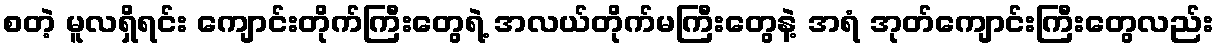
စတဲ့ မူလရှိရင်း ကျောင်းတိုက်ကြီးတွေရဲ့ အလယ်တိုက်မကြီးတွေနဲ့ အရံ အုတ်ကျောင်းကြီးတွေလည်း